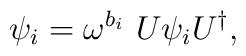
\psi_i = \omega^{b_i} \ U \psi_i U^{\dagger},